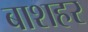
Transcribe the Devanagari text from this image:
बाशहर